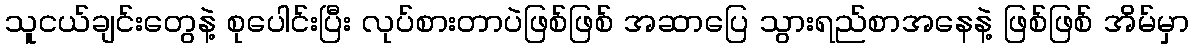
သူငယ်ချင်းတွေနဲ့ စုပေါင်းပြီး လုပ်စားတာပဲဖြစ်ဖြစ် အဆာပြေ သွားရည်စာအနေနဲ့ ဖြစ်ဖြစ် အိမ်မှာ